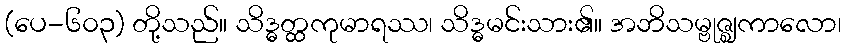
(ပေ-၆၀၃) တို့သည်။ သိဒ္ဓတ္ထကုမာရဿ၊ သိဒ္ဓမင်းသား၏။ အဘိသမ္ဗုဇ္ဈကာလော၊